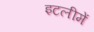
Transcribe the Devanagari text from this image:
इटलीमें